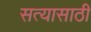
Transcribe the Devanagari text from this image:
सत्यासाठीं